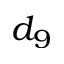
d _ { 9 }